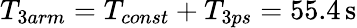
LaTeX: T_{3arm}=T_{const}+T_{3ps}=55.4\, \mathrm{s}